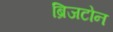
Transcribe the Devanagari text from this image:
ब्रिजटोन